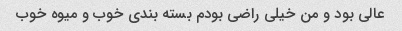
عالی بود و من خیلی راضی بودم بسته بندی خوب و میوه خوب